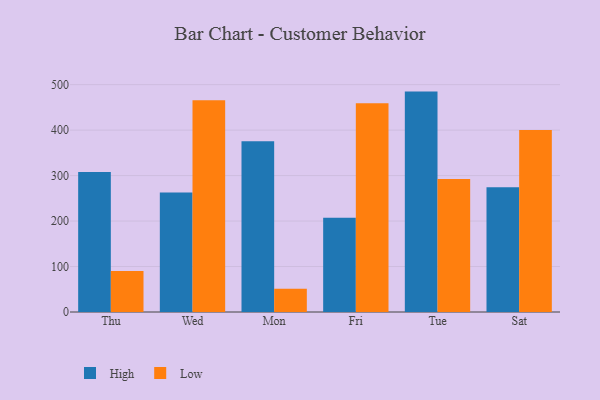
{"axis": {"x": "Day", "y": "Gross Profit (USD K)"}, "legend": ["High", "Low"], "data": [{"x": "Thu", "y": 307.8, "type": "High"}, {"x": "Thu", "y": 90.1, "type": "Low"}, {"x": "Wed", "y": 262.7, "type": "High"}, {"x": "Wed", "y": 465.5, "type": "Low"}, {"x": "Mon", "y": 375.7, "type": "High"}, {"x": "Mon", "y": 51.3, "type": "Low"}, {"x": "Fri", "y": 207.0, "type": "High"}, {"x": "Fri", "y": 459.3, "type": "Low"}, {"x": "Tue", "y": 484.7, "type": "High"}, {"x": "Tue", "y": 292.3, "type": "Low"}, {"x": "Sat", "y": 274.4, "type": "High"}, {"x": "Sat", "y": 400.3, "type": "Low"}]}